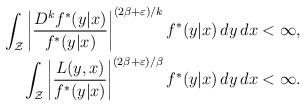
LaTeX: \begin{align*}\begin{aligned}\int_{\mathcal{Z}} \left|\frac{D^k f^*(y|x)}{f^*(y|x)}\right|^{(2\beta+\varepsilon)/k} f^*(y|x) \, dy\, dx&< \infty,\\\int_{\mathcal{Z}} \left|\frac{L(y,x)}{f^*(y|x)}\right|^{(2\beta+\varepsilon)/\beta} f^*(y|x) \, dy\, dx&< \infty.\end{aligned}\end{align*}